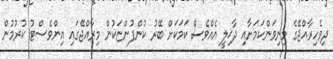
ދިވެހިރާއްޖޭގެ މިނިވަންކަމަށާއި ދާޚިލީ އެއްވެސް ކަމަކަށް ބޭރު ކުންފުންޏަކުން މިރާއްޖޭގައި އިންވެސްޓު ކުރުމުން